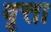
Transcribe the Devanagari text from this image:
वृत्ता